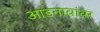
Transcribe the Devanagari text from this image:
आडनावांवर